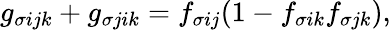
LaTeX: g_{\sigma ijk}+g_{\sigma jik}=f_{\sigma ij}(1-f_{\sigma ik}f_{\sigma jk}),